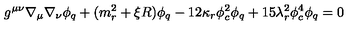
g ^ { \mu \nu } \nabla _ { \mu } \nabla _ { \nu } \phi _ { q } + ( m _ { r } ^ { 2 } + \xi R ) \phi _ { q } - 1 2 \kappa _ { r } \phi _ { c } ^ { 2 } \phi _ { q } + 1 5 \lambda _ { r } ^ { 2 } \phi _ { c } ^ { 4 } \phi _ { q } = 0